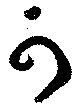
可